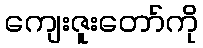
ကျေးဇူးတော်ကို